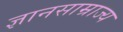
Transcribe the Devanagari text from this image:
ज्ञानसाम्राज्य